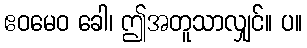
ဧဝမေဝ ခေါ၊ ဤအတူသာလျှင်။ ပ။